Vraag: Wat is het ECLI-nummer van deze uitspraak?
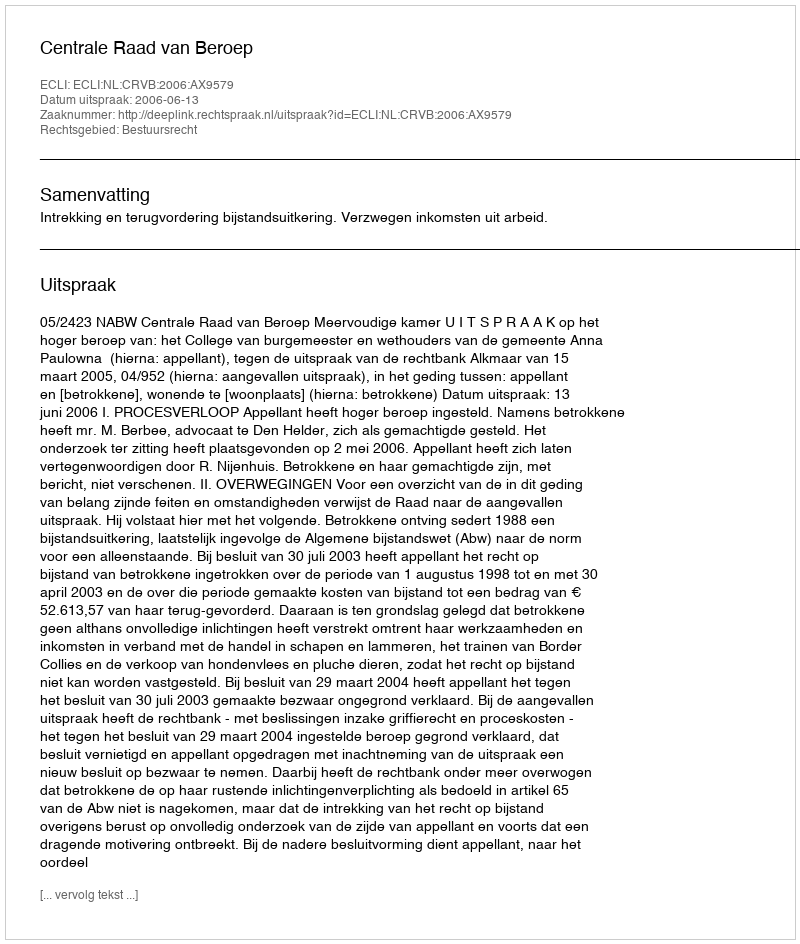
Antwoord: ECLI:NL:CRVB:2006:AX9579